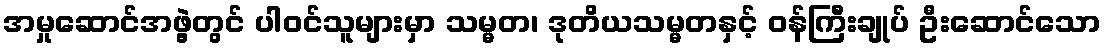
အမှုဆောင်အဖွဲ့တွင် ပါဝင်သူများမှာ သမ္မတ၊ ဒုတိယသမ္မတနှင့် ဝန်ကြီးချုပ် ဦးဆောင်သော